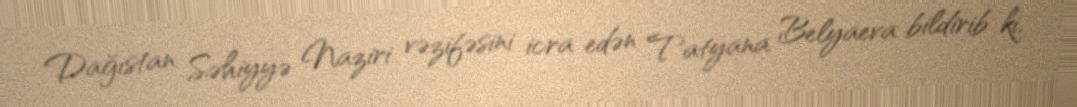
Dağıstan Səhiyyə Naziri vəzifəsini icra edən Tatyana Belyaeva bildirib ki,